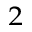
^ { 2 }